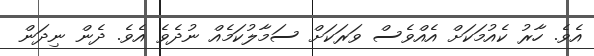
އެވެ. ހާރު ކެއުމަކަށް އެއްވެސް ވަރަކަށް ސަމާލުކަމެއް ނުދެވެ އެވެ. ދެން ނިދަން